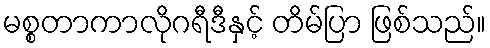
မစ္စတာကာလိုဂရီဒီနှင့် တိမ်ပြာ ဖြစ်သည်။